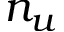
n _ { u }